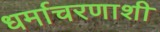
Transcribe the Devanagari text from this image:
धर्माचरणाशी